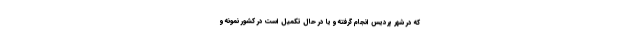
که در شهر پردیس انجام گرفته و یا در حال تکمیل است در کشور نمونه و